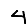
Digit: 4